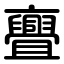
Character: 亹